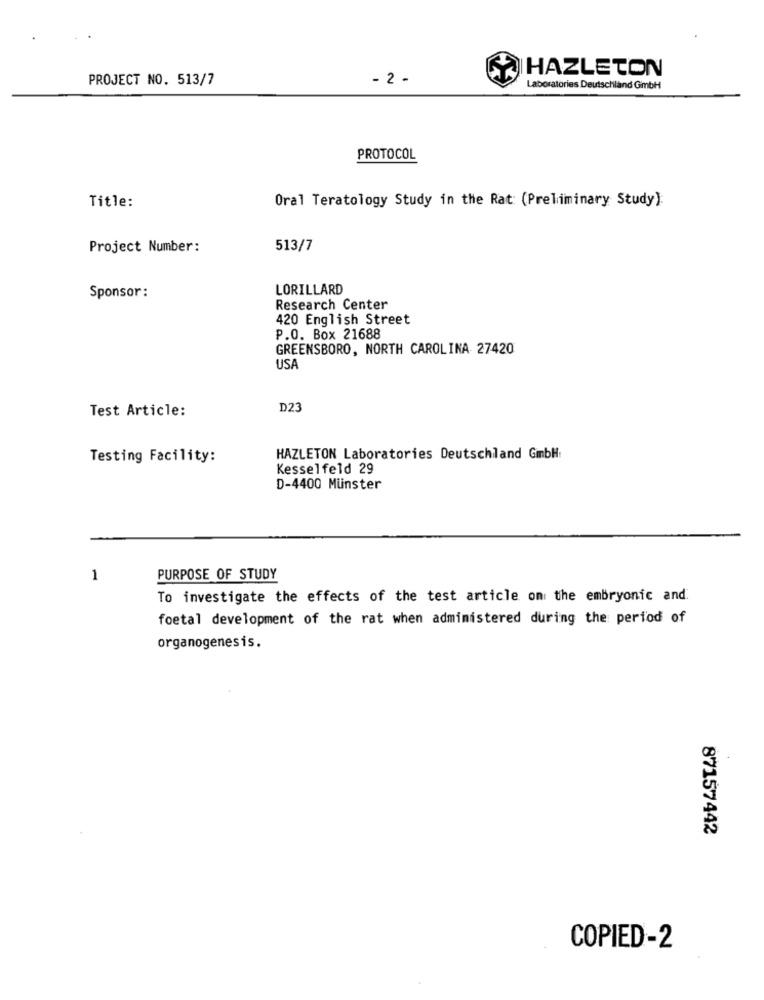
HAZLETON
PROJECT NO. 513/7
- 2 -
Laboratories Deutschland GmbH
PROTOCOL
Title:
Oral Teratology Study in the Rat (Preliminary Study):
Project Number:
513/7
LORILLARD
Sponsor :
Research Center
420 English Street
P.O. Box 21688
GREENSBORO, NORTH CAROLINA 27420
USA
Test Article:
D23
Testing Facility:
HAZLETON Laboratories Deutschland GmbH
Kesselfeld 29
D-4400 Münster
1
PURPOSE OF STUDY
To investigate the effects of the test article on the embryonic and.
foetal development of the rat when administered during the period of
organogenesis.
87157442
COPIED-2